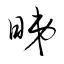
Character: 睇